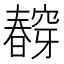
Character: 𭨀